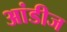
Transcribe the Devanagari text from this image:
आंडीज